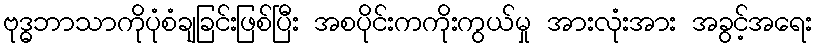
ဗုဒ္ဓဘာသာကိုပုံစံချခြင်းဖြစ်ပြီး အစပိုင်းကကိုးကွယ်မှု အားလုံးအား အခွင့်အရေး